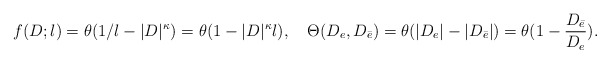
\begin{align*}f(D;l)=\theta(1/l-|D|^{\kappa})=\theta(1-|D|^{\kappa}l), \quad \Theta(D_e,D_{\bar e})=\theta(|D_e|-|D_{\bar e}|) =\theta(1-\frac{D_{\bar e}}{D_e}).\end{align*}